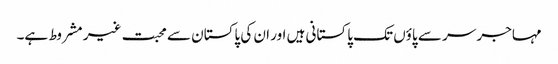
مہاجر سر سے پاؤں تک پاکستانی ہیں اور ان کی پاکستان سے محبت غیر مشروط ہے۔